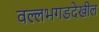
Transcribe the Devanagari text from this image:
वल्लभगडदेखील